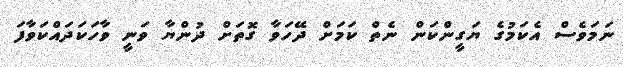
ނަމަވެސް އެކަމުގެ ޔަގީންކަން ނެތް ކަމަށް ދޭހަވާ ގޮތަށް ދުންޔާ ވަނީ ވާހަކަދައްކަވާފަ